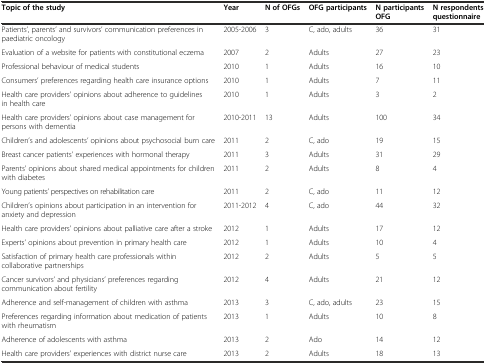
<table><thead><tr><td><b>Topic of the study</b></td><td><b>Year</b></td><td><b>N of OFGs</b></td><td><b>OFG participants</b></td><td><b>N participants OFG</b></td><td><b>N respondents questionnaire</b></td></tr></thead><tbody><tr><td>Patients’, parents’ and survivors’ communication preferences in paediatric oncology</td><td>2005-2006</td><td>3</td><td>C, ado, adults</td><td>36</td><td>31</td></tr><tr><td>Evaluation of a website for patients with constitutional eczema</td><td>2007</td><td>2</td><td>Adults</td><td>27</td><td>23</td></tr><tr><td>Professional behaviour of medical students</td><td>2010</td><td>1</td><td>Adults</td><td>16</td><td>10</td></tr><tr><td>Consumers’ preferences regarding health care insurance options</td><td>2010</td><td>1</td><td>Adults</td><td>7</td><td>11</td></tr><tr><td>Health care providers’ opinions about adherence to guidelines in health care</td><td>2010</td><td>1</td><td>Adults</td><td>3</td><td>2</td></tr><tr><td>Health care providers’ opinions about case management for persons with dementia</td><td>2010-2011</td><td>13</td><td>Adults</td><td>100</td><td>34</td></tr><tr><td>Children’s and adolescents’ opinions about psychosocial burn care</td><td>2011</td><td>2</td><td>C, ado</td><td>19</td><td>15</td></tr><tr><td>Breast cancer patients’ experiences with hormonal therapy</td><td>2011</td><td>3</td><td>Adults</td><td>31</td><td>29</td></tr><tr><td>Parents’ opinions about shared medical appointments for children with diabetes</td><td>2011</td><td>2</td><td>Adults</td><td>8</td><td>4</td></tr><tr><td>Young patients’ perspectives on rehabilitation care</td><td>2011</td><td>2</td><td>C, ado</td><td>11</td><td>12</td></tr><tr><td>Children’s opinions about participation in an intervention for anxiety and depression</td><td>2011-2012</td><td>4</td><td>C, ado</td><td>44</td><td>32</td></tr><tr><td>Health care providers’ opinions about palliative care after a stroke</td><td>2012</td><td>1</td><td>Adults</td><td>17</td><td>12</td></tr><tr><td>Experts’ opinions about prevention in primary health care</td><td>2012</td><td>1</td><td>Adults</td><td>10</td><td>4</td></tr><tr><td>Satisfaction of primary health care professionals within collaborative partnerships</td><td>2012</td><td>2</td><td>Adults</td><td>5</td><td>5</td></tr><tr><td>Cancer survivors’ and physicians’ preferences regarding communication about fertility</td><td>2012</td><td>4</td><td>Adults</td><td>21</td><td>12</td></tr><tr><td>Adherence and self-management of children with asthma</td><td>2013</td><td>3</td><td>C, ado, adults</td><td>23</td><td>15</td></tr><tr><td>Preferences regarding information about medication of patients with rheumatism</td><td>2013</td><td>1</td><td>Adults</td><td>10</td><td>8</td></tr><tr><td>Adherence of adolescents with asthma</td><td>2013</td><td>2</td><td>Ado</td><td>14</td><td>12</td></tr><tr><td>Health care providers’ experiences with district nurse care</td><td>2013</td><td>2</td><td>Adults</td><td>18</td><td>13</td></tr></tbody></table>